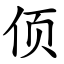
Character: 㑔